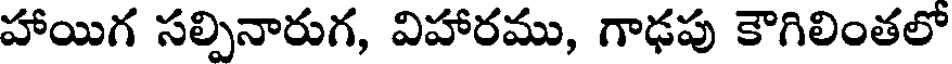
హాయిగ సల్పినారుగ, విహారము, గాఢపు కౌగిలింతలో